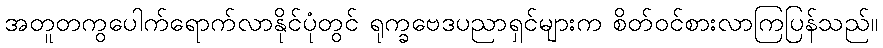
အတူတကွပေါက်ရောက်လာနိုင်ပုံတွင် ရုက္ခဗေဒပညာရှင်များက စိတ်ဝင်စားလာကြပြန်သည်။